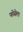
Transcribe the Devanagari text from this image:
फोसेला